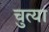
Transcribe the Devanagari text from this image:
चुत्या